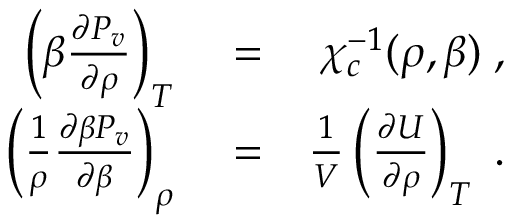
\begin{array} { r l r } { \left( \beta \frac { \partial P _ { v } } { \partial \rho } \right) _ { T } } & { { } = } & { \chi _ { c } ^ { - 1 } ( \rho , \beta ) \; , } \\ { \left( \frac { 1 } { \rho } \frac { \partial \beta P _ { v } } { \partial \beta } \right) _ { \rho } } & { { } = } & { \frac { 1 } { V } \left( \frac { \partial U } { \partial \rho } \right) _ { T } \; . } \end{array}